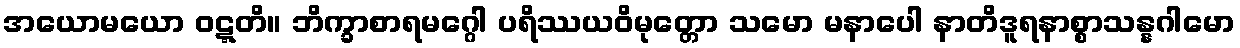
အယောမယော ဝဋ္ဋတိ။ ဘိက္ခာစာရမဂ္ဂေါ ပရိဿယဝိမုတ္တော သမော မနာပေါ နာတိဒူရနာစ္စာသန္နဂါမော